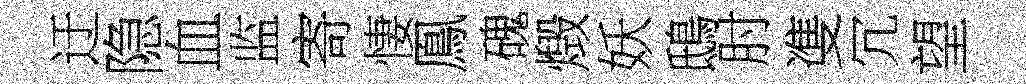
迂隐血监寄悽鳯磈燬妖鴟肘㕠冗望